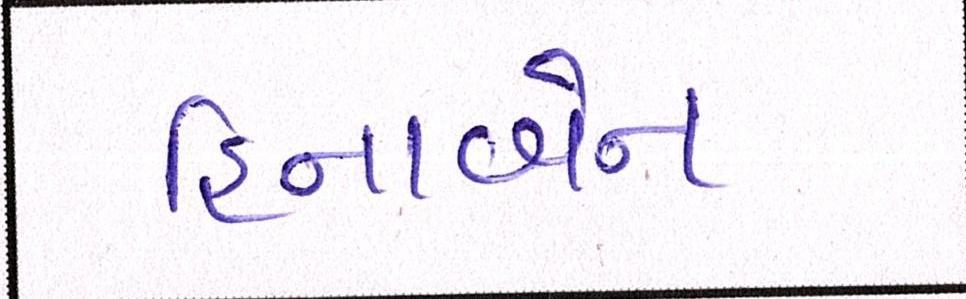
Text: હિનાબેન